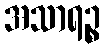
အသာရဉ္စ